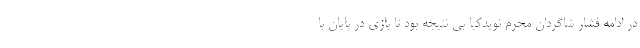
در ادامه فشار شاگردان محرم نویدکیا بی نتیجه بود تا بازی در پایان با